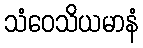
သံဝေသိယမာနံ